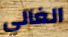
الغالي